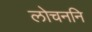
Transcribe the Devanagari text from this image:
लोचननि